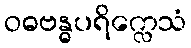
ဝဓဗန္ဓပရိက္လေသံ